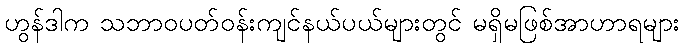
ဟွန်ဒါက သဘာဝပတ်ဝန်းကျင်နယ်ပယ်များတွင် မရှိမဖြစ်အာဟာရများ